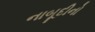
નાબૂદીનો